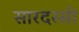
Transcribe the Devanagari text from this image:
सारदस्सी